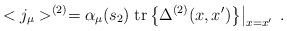
LaTeX: \begin{align*}<j_\mu >^{(2)}=\alpha _\mu (s_2)\left. \mbox{tr}\left\{ \Delta^{(2)}(x,x^{\prime })\right\} \right| _{x=x^{\prime }}\;.\end{align*}